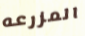
المزرعه